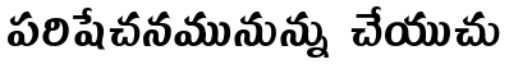
పరిషేచనమునున్ను చేయుచు